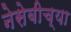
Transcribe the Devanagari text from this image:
नेसेबीच्या